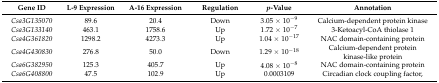
| Gene ID | L-9 Expression | A-16 Expression | Regulation | p-Value | Annotation |
 | --- | --- | --- | --- | --- | --- |
 | Csa3G135070 | 89.6 | 20.4 | Down | 3.05 × 10−9 | Calcium-dependent protein kinase |
 | Csa3G133140 | 463.1 | 1758.6 | Up | 1.72 × 10−7 | 3-Ketoacyl-CoA thiolase 1 |
 | Csa4G361820 | 1298.2 | 4273.3 | Up | 1.04 × 10−17 | NAC domain-containing protein |
 | Csa4G430830 | 276.8 | 50.0 | Down | 1.29 × 10−18 | Calcium-dependent protein kinase-like protein |
 | Csa6G382950 | 125.3 | 405.7 | Up | 4.08 × 10−8 | NAC domain-containing protein |
 | Csa6G408800 | 47.5 | 102.9 | Up | 0.0003109 | Circadian clock coupling factor, |